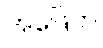
အဖြေက